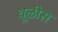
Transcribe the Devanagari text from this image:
धूळीस